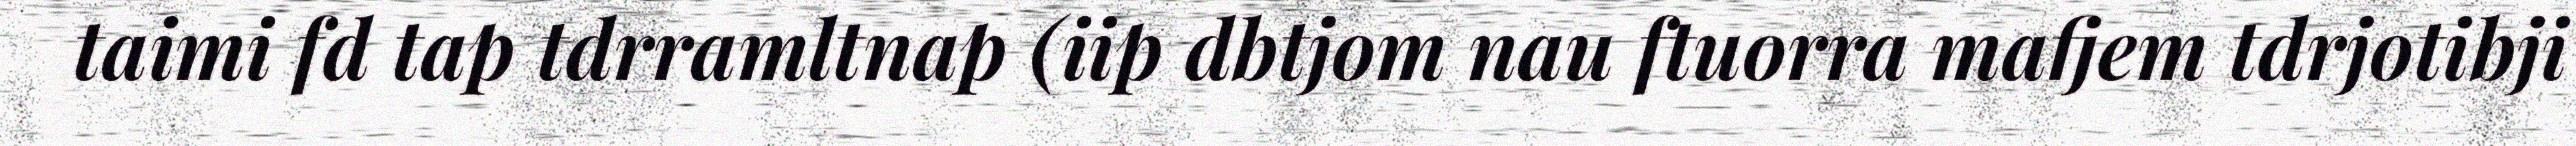
taimi fd tap tdrramltnap (iip dbtjom nau ftuorra mafjem tdrjotibji